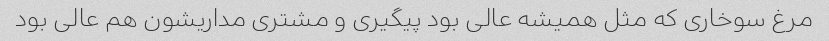
مرغ سوخاری که مثل همیشه عالی بود پیگیری و مشتری مداریشون هم عالی بود